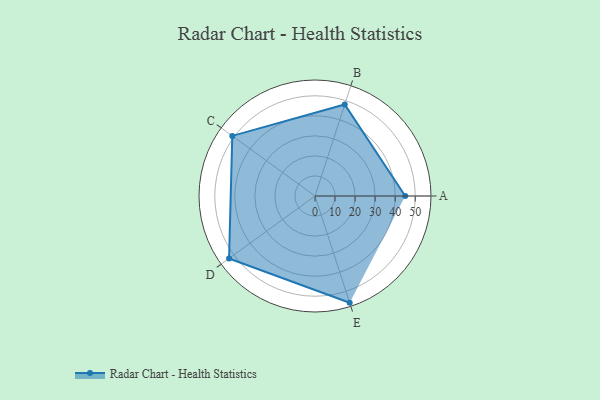
{"axis": {"x": "Skill", "y": "Score"}, "legend": ["Profile"], "data": [{"x": "A", "y": 45.0, "type": "Profile"}, {"x": "B", "y": 48.0, "type": "Profile"}, {"x": "C", "y": 51.0, "type": "Profile"}, {"x": "D", "y": 53.0, "type": "Profile"}, {"x": "E", "y": 56.0, "type": "Profile"}]}